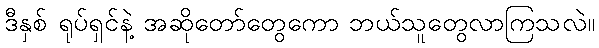
ဒီနှစ် ရုပ်ရှင်နဲ့ အဆိုတော်တွေကော ဘယ်သူတွေလာကြသလဲ။